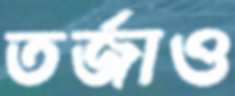
তর্জাও